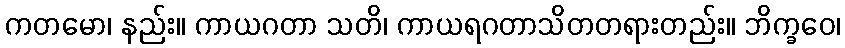
ကတမော၊ နည်း။ ကာယဂတာ သတိ၊ ကာယရဂတာသိတတရားတည်း။ ဘိက္ခဝေ၊